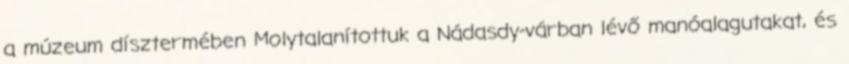
a múzeum dísztermében Molytalanítottuk a Nádasdy-várban lévő manóalagutakat, és